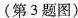
(第3题图)